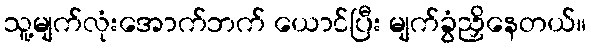
သူ့မျက်လုံးအောက်ဘက် ယောင်ပြီး မျက်ခွံညှိနေတယ်။